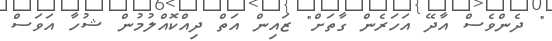
" ދެންވެސް އާދޭ އަހަރެން ގާތަށް" ޒައިން އަތް ދިއްކޮއްލުމުން ޝުހާ އަވަސް